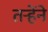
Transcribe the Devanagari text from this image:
तऱ्हेंने